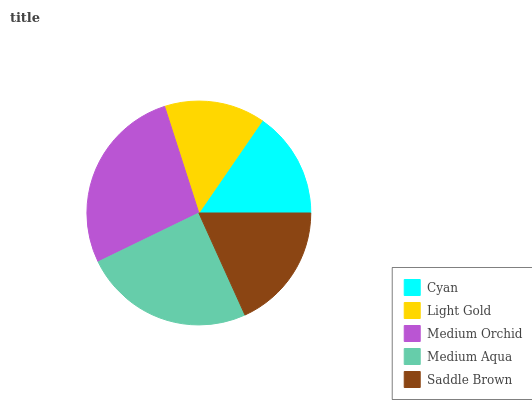
| Cyan | Light Gold | Medium Orchid | Medium Aqua | Saddle Brown |
 | --- | --- | --- | --- | --- |
 | 15.4% | 14.5% | 27.2% | 24.5% | 18.3% |